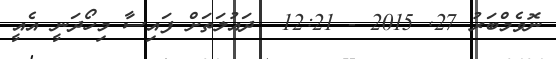
ނޮވެމްބަރު 27